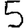
Digit: 5